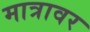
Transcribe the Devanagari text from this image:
मात्रावर